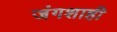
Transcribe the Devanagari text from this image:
जंगशाही